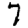
Digit: 7